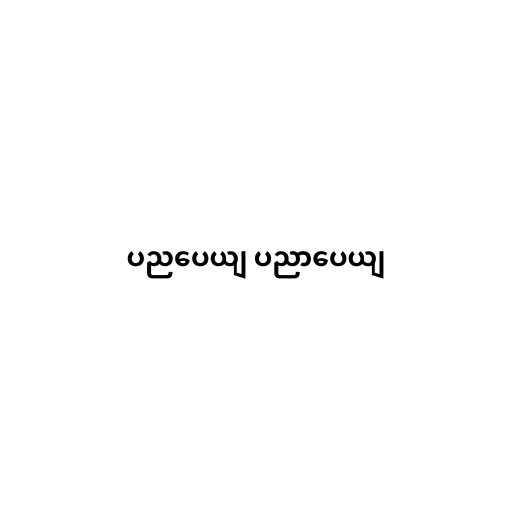
ပညပေယျ ပညာပေယျ